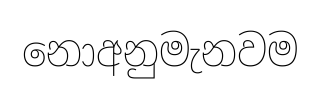
නොඅනුමැනවම